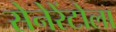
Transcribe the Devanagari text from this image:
सेनेरेंटोला